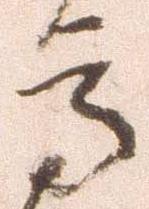
高